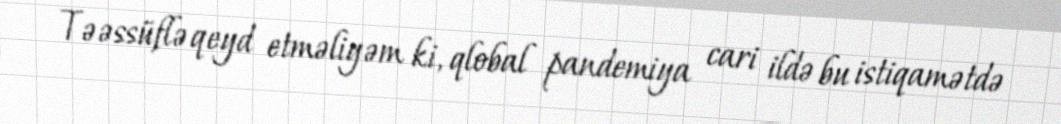
Təəssüflə qeyd etməliyəm ki, qlobal pandemiya cari ildə bu istiqamətdə